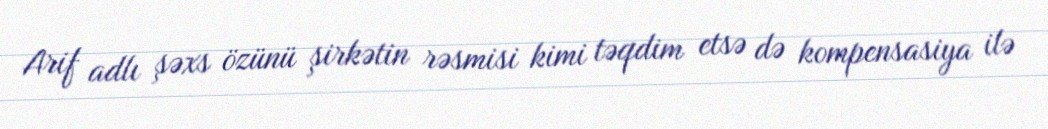
Arif adlı şəxs özünü şirkətin rəsmisi kimi təqdim etsə də kompensasiya ilə